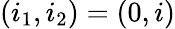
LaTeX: (i_{1},i_{2})=(0,i)